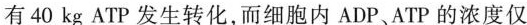
有40kg ATP发生转化，而细胞内ADP、ATP的浓度仅